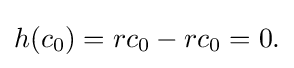
{\textstyle h(c_{0})=rc_{0}-rc_{0}=0.}